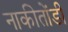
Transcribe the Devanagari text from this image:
नाकीतोंडी